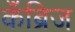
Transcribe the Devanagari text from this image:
कॅंब्रिज